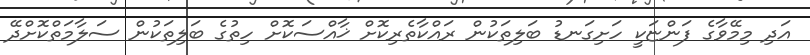
އަދި މިމޭވާގެ ފަންޏަކީ ހަށިގަނޑު ބަލިތަކުން ރައްކާތެރިކޮށް ޚާއްސަކޮށް ހިތުގެ ބަލިތަކުން ސަލާމަތްކޮށްދޭ